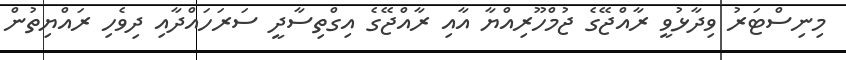
މިނިސްޓަރު ވިދާޅުވީ ރާއްޖޭގެ ޖުމްހޫރިއްޔާ އާއި ރާއްޖޭގެ އިގްތިސާދީ ސަރަހައްދާއި ދިވެހި ރައްޔިތުން